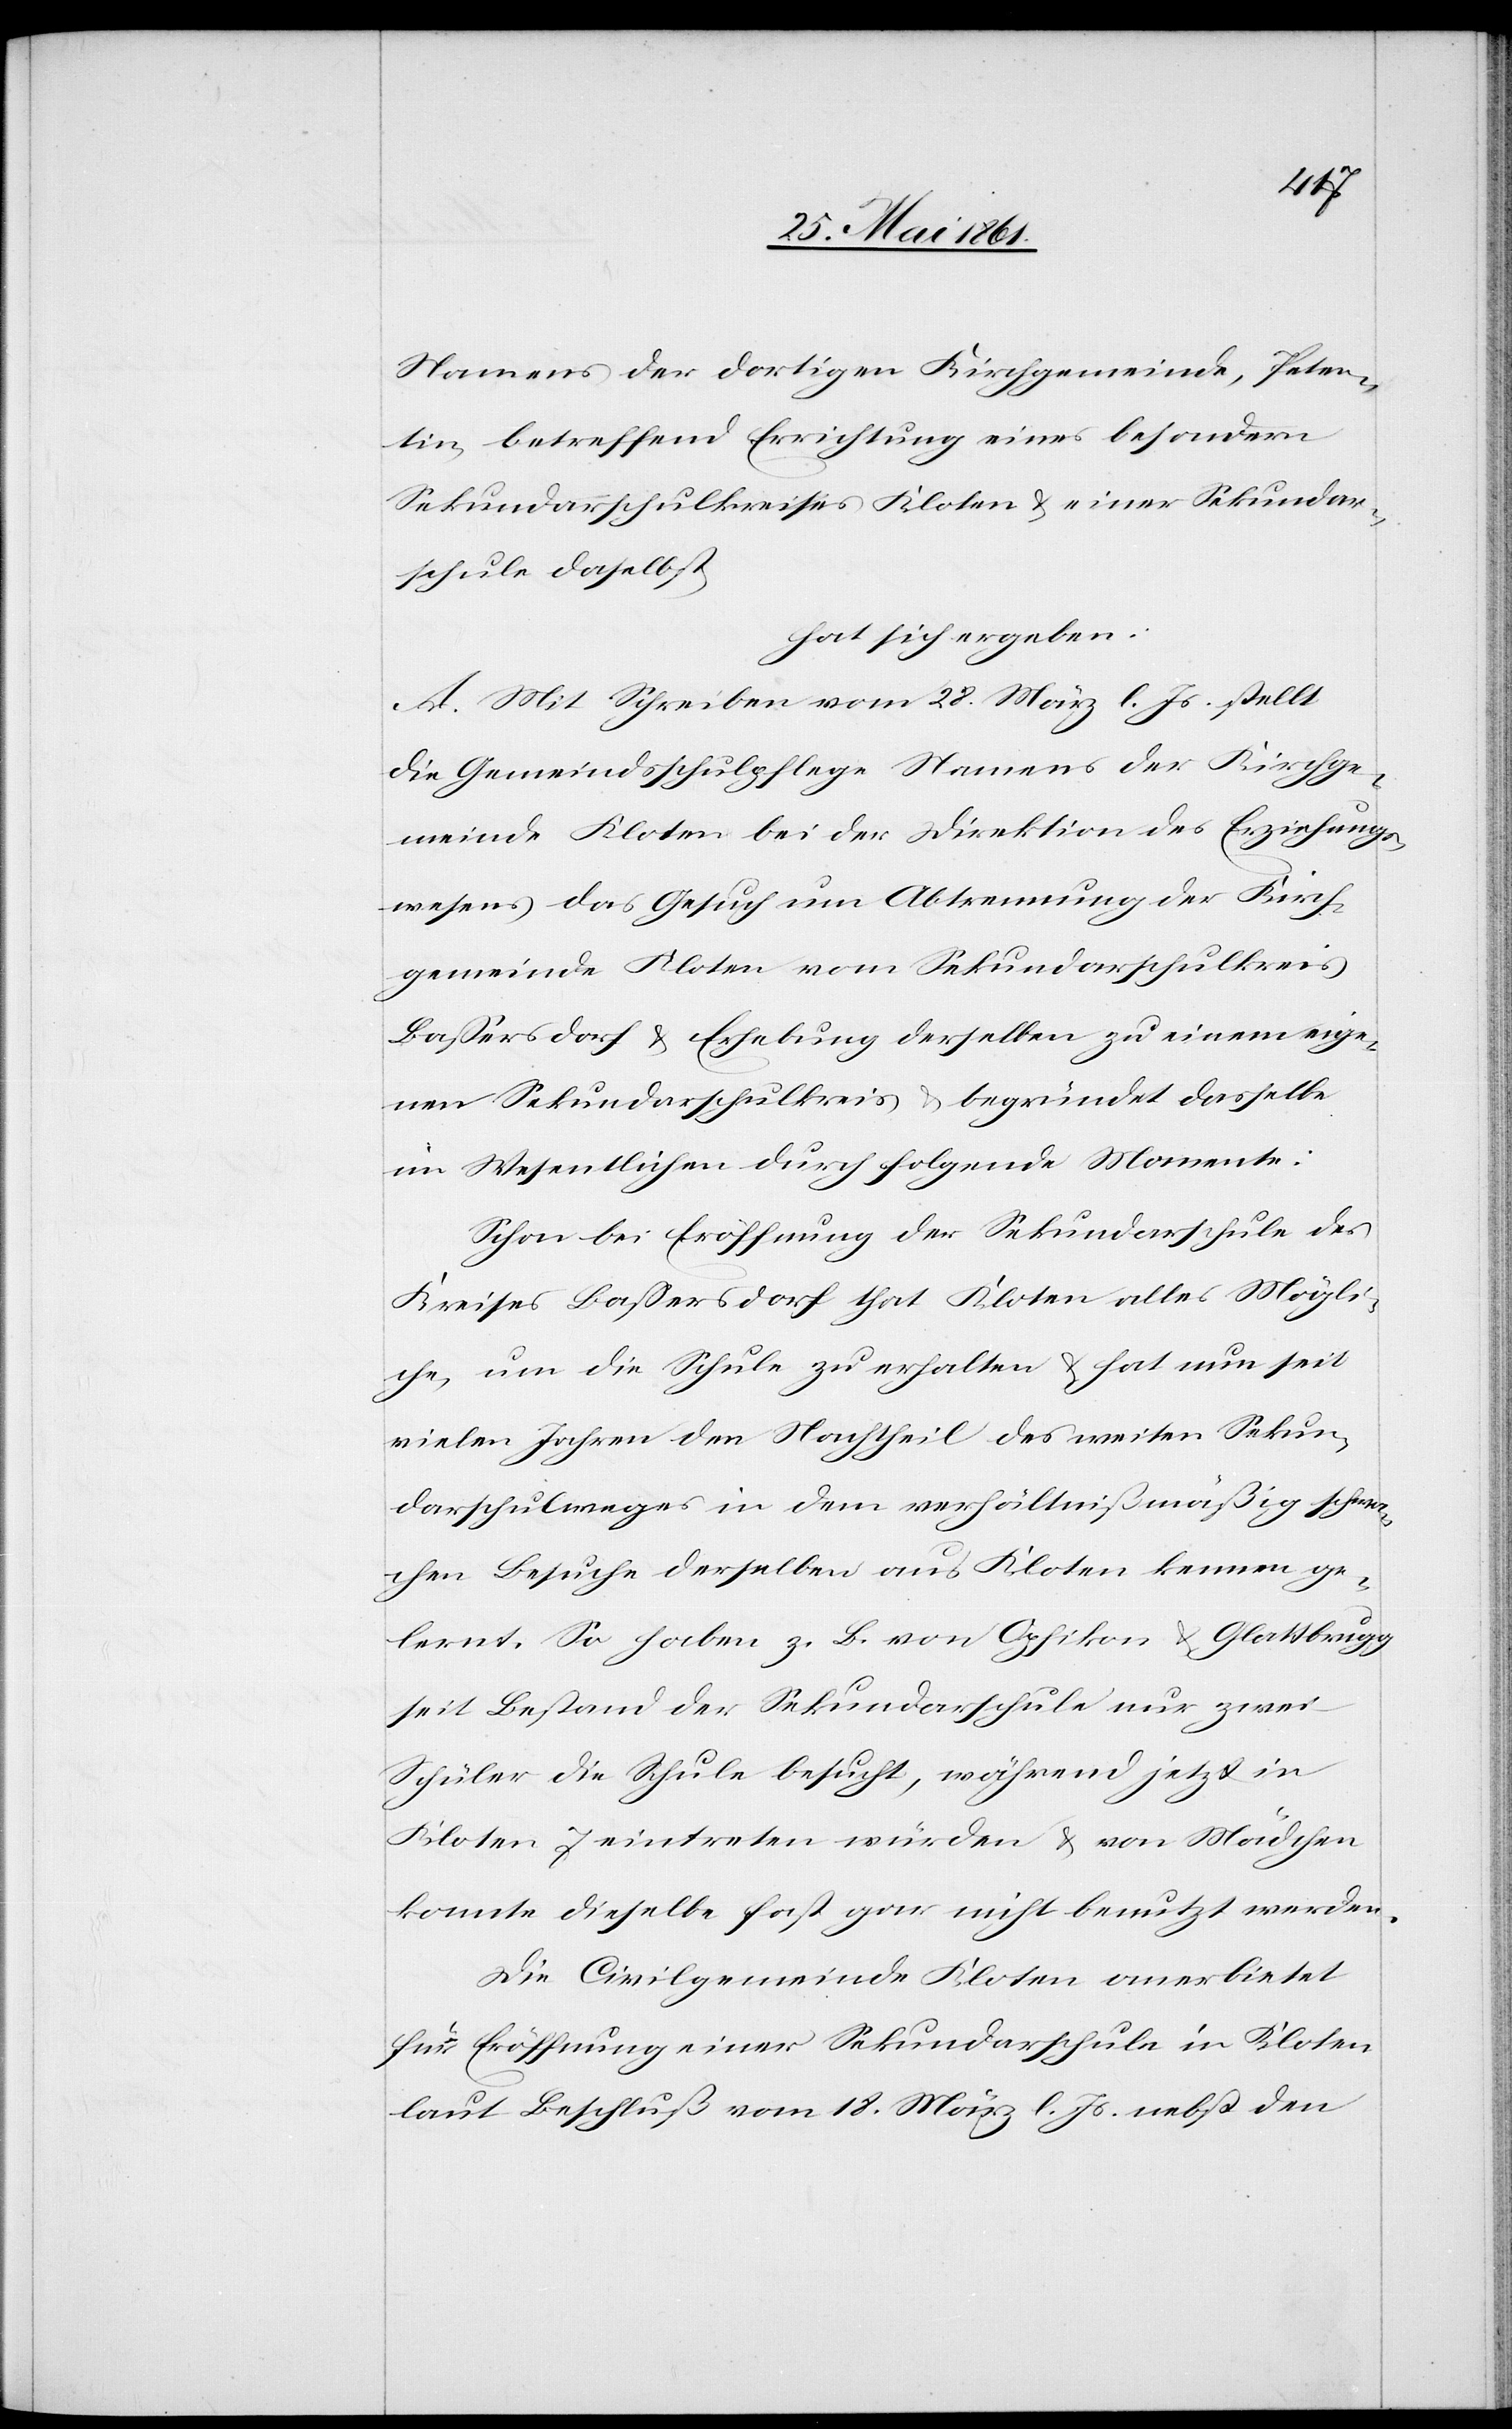
Namens der dortigen Kirchgemeinde, Peten¬
tin, betreffend Errichtung eines besondern
Sekundarschulkreises Kloten u. einer Sekundar¬
schule daselbst,
hat sich ergeben:
A. Mit Schreiben vom 28. März l. Js. stellt
die Gemeindsschulpflege Namens der Kirchge¬
meinde Kloten bei der Direktion des Erziehungs¬
wesens das Gesuch um Abtrennung der Kirch¬
gemeinde Kloten vom Sekundarschulkreis
Bassersdorf u. Erhebung derselben zu einem eige¬
nen Sekundarschulkreis u. begründet dasselbe
im Wesentlichen durch folgende Momente:
Schon bei Eröffnung der Sekundarschule des
Kreises Bassersdorf that Kloten alles Mögli¬
che, um die Schule zu erhalten u. hat nun seit
vielen Jahren den Nachtheil des weiten Sekun¬
darschulweges in dem verhältnißmäßig schwa¬
chen Besuche derselben aus Kloten kennen ge¬
lernt. So haben z. B. von Opfikon u. Glattbrugg
seit Bestand der Sekundarschule nur zwei
Schüler die Schule besucht, während jetzt in
Kloten 7 eintreten würden u. von Mädchen
konnte dieselbe fast gar nicht benutzt werden.
Die Civilgemeinde Kloten anerbietet
für Eröffnung einer Sekundarschule in Kloten
laut Beschluß vom 18. März l. Js. nebst den